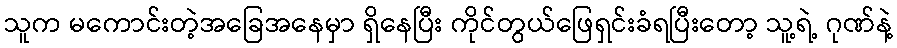
သူက မကောင်းတဲ့အခြေအနေမှာ ရှိနေပြီး ကိုင်တွယ်ဖြေရှင်းခံရပြီးတော့ သူ့ရဲ့ ဂုဏ်နဲ့